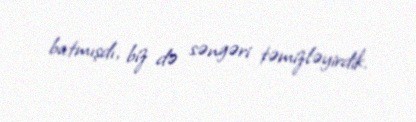
batmışdı, biz də səngəri təmizləyirdik.